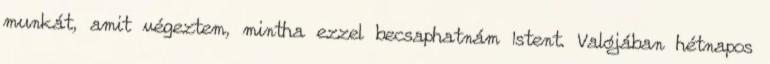
munkát, amit végeztem, mintha ezzel becsaphatnám Istent. Valójában hétnapos